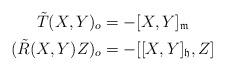
LaTeX: \begin{align*}\tilde T(X,Y)_o &=-[X,Y]_{\mathfrak m} \\(\tilde R(X,Y)Z)_o & =-[[X,Y]_{\mathfrak h},Z] \end{align*}